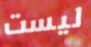
ليست